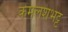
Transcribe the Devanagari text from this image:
कमलेशभट्ट